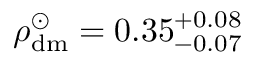
\rho _ { \mathrm { d m } } ^ { \odot } = 0 . 3 5 _ { - 0 . 0 7 } ^ { + 0 . 0 8 }